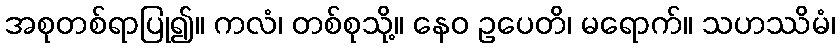
အစုတစ်ရာပြု၍။ ကလံ၊ တစ်စုသို့။ နေဝ ဥပေတိ၊ မရောက်။ သဟဿိမံ၊